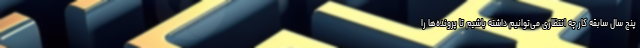
پنج سال سابقه کار چه انتظاری می‌توانیم داشته باشیم تا پرونده‌ها را